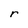
Character: r